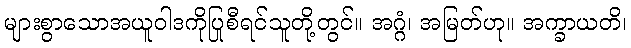
များစွာသောအယူဝါဒကိုပြုစီရင်သူတို့တွင်။ အဂ္ဂံ၊ အမြတ်ဟု။ အက္ခာယတိ၊